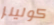
كولينز